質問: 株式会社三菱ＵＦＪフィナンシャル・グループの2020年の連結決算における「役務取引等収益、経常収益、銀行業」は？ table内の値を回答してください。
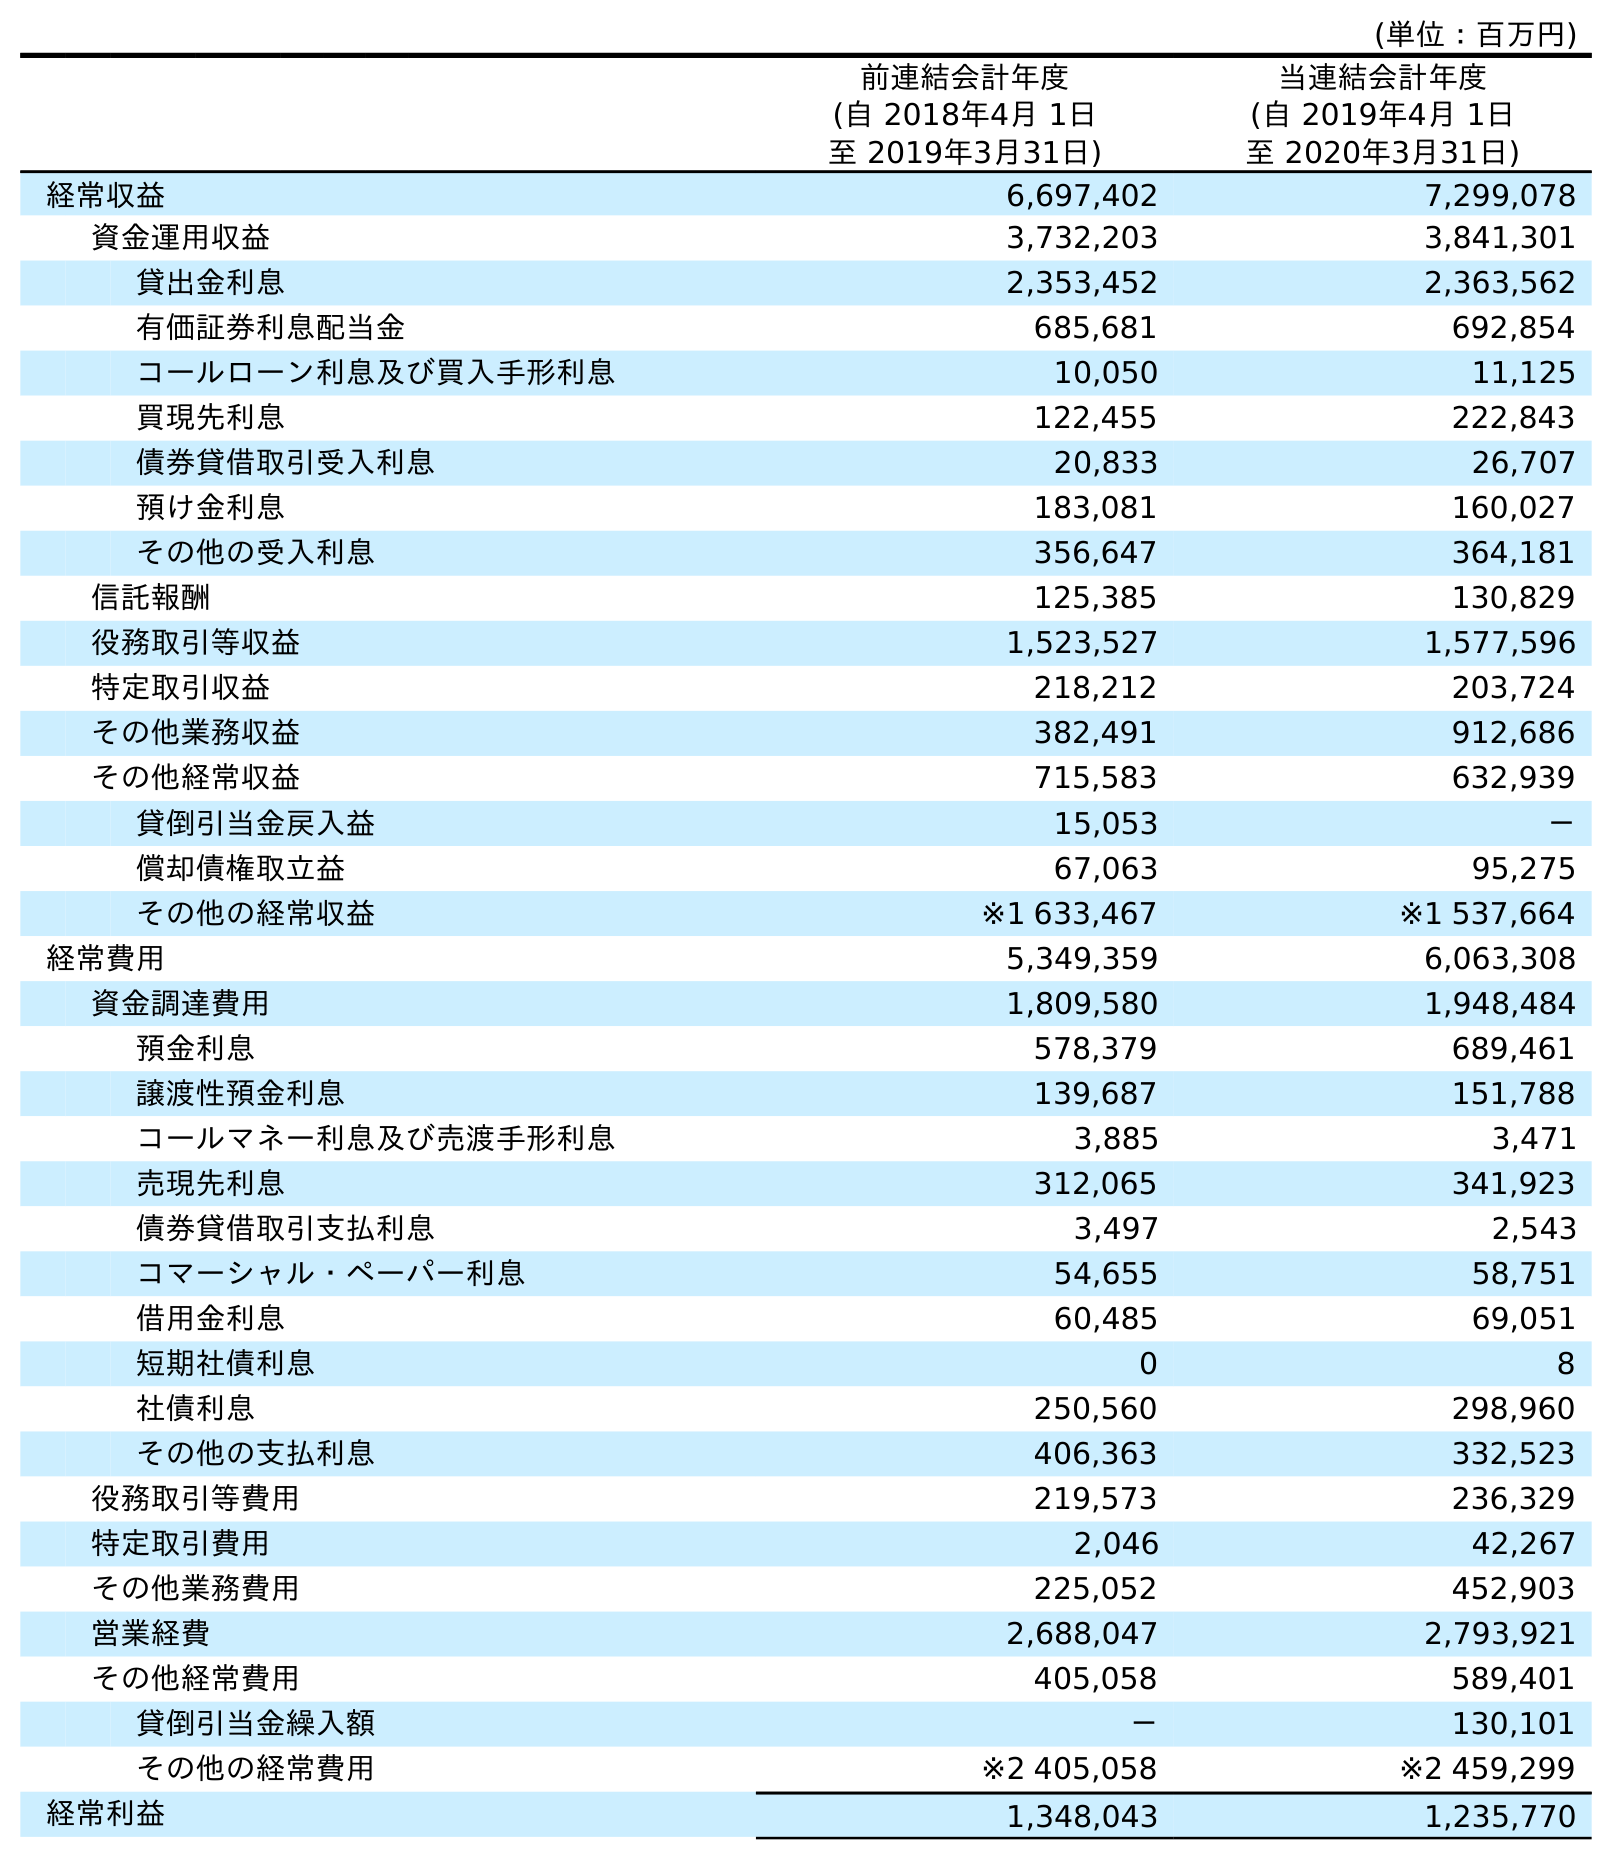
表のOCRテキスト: (単位：百万円) 前連結会計年度 (自 2018年4月 1日 至 2019年3月31日) 当連結会計年度 (自 2019年4月 1日 至 2020年3月31日) 経常収益 6,697,402 7,299,078 資金運用収益 3,732,203 3,841,301 貸出金利息 2,353,452 2,363,562 有価証券利息配当金 685,681 692,854 コールローン利息及び買入手形利息 10,050 11,125 買現先利息 122,455 222,843 債券貸借取引受入利息 20,833 26,707 預け金利息 183,081 160,027 その他の受入利息 356,647 364,181 信託報酬 125,385 130,829 役務取引等収益 1,523,527 1,577,596 特定取引収益 218,212 203,724 その他業務収益 382,491 912,686 その他経常収益 715,583 632,939 貸倒引当金戻入益 15,053 － 償却債権取立益 67,063 95,275 その他の経常収益 ※1 633,467 ※1 537,664 経常費用 5,349,359 6,063,308 資金調達費用 1,809,580 1,948,484 預金利息 578,379 689,461 譲渡性預金利息 139,687 151,788 コールマネー利息及び売渡手形利息 3,885 3,471 売現先利息 312,065 341,923 債券貸借取引支払利息 3,497 2,543 コマーシャル・ペーパー利息 54,655 58,751 借用金利息 60,485 69,051 短期社債利息 0 8 社債利息 250,560 298,960 その他の支払利息 406,363 332,523 役務取引等費用 219,573 236,329 特定取引費用 2,046 42,267 その他業務費用 225,052 452,903 営業経費 2,688,047 2,793,921 その他経常費用 405,058 589,401 貸倒引当金繰入額 － 130,101 その他の経常費用 ※2 405,058 ※2 459,299 経常利益 1,348,043 1,235,770
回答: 1,577,596